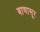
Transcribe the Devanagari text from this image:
बाणासूर